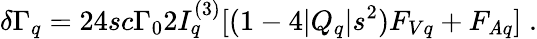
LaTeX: \delta\Gamma_{q}=24sc\Gamma_{0}2I_{q}^{(3)}[(1-4|Q_{q}|s^{2})F_{Vq}+F_{\mathit{A}q}]\; .